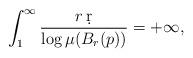
LaTeX: \begin{align*}\int_1^{\infty}\frac{r\,\d r}{\log \mu(B_r(p))}=+\infty,\end{align*}